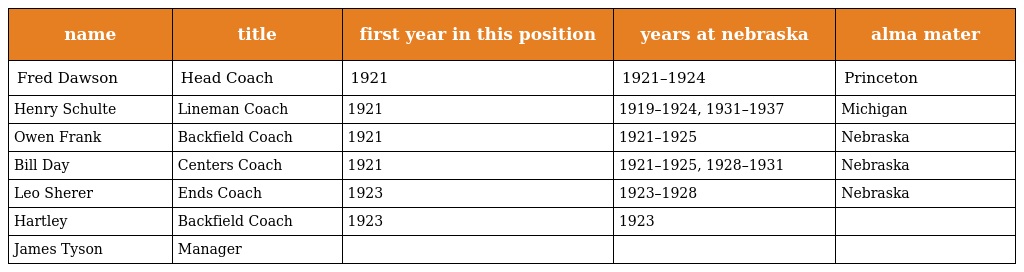
| name | title | first year in this position | years at nebraska | alma mater |
 | --- | --- | --- | --- | --- |
 | Fred Dawson | Head Coach | 1921 | 1921–1924 | Princeton |
 | Henry Schulte | Lineman Coach | 1921 | 1919–1924, 1931–1937 | Michigan |
 | Owen Frank | Backfield Coach | 1921 | 1921–1925 | Nebraska |
 | Bill Day | Centers Coach | 1921 | 1921–1925, 1928–1931 | Nebraska |
 | Leo Sherer | Ends Coach | 1923 | 1923–1928 | Nebraska |
 | Hartley | Backfield Coach | 1923 | 1923 |  |
 | James Tyson | Manager |  |  |  |